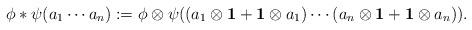
LaTeX: \begin{align*}\phi\ast\psi(a_1\cdots a_n):=\phi\otimes\psi((a_1\otimes \mathbf 1+\mathbf 1\otimes a_1)\cdots (a_n\otimes \mathbf 1+\mathbf 1\otimes a_n)).\end{align*}